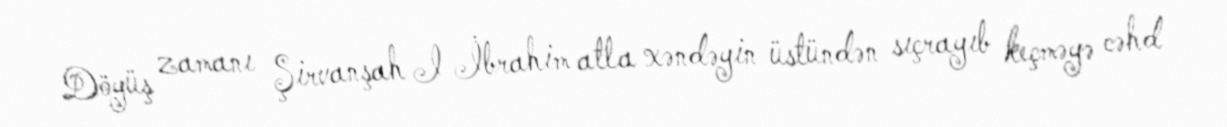
Döyüş zamanı Şirvanşah I İbrahim atla xəndəyin üstündən sıçrayıb keçməyə cəhd